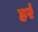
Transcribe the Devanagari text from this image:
हर्र